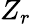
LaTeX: Z_{r}